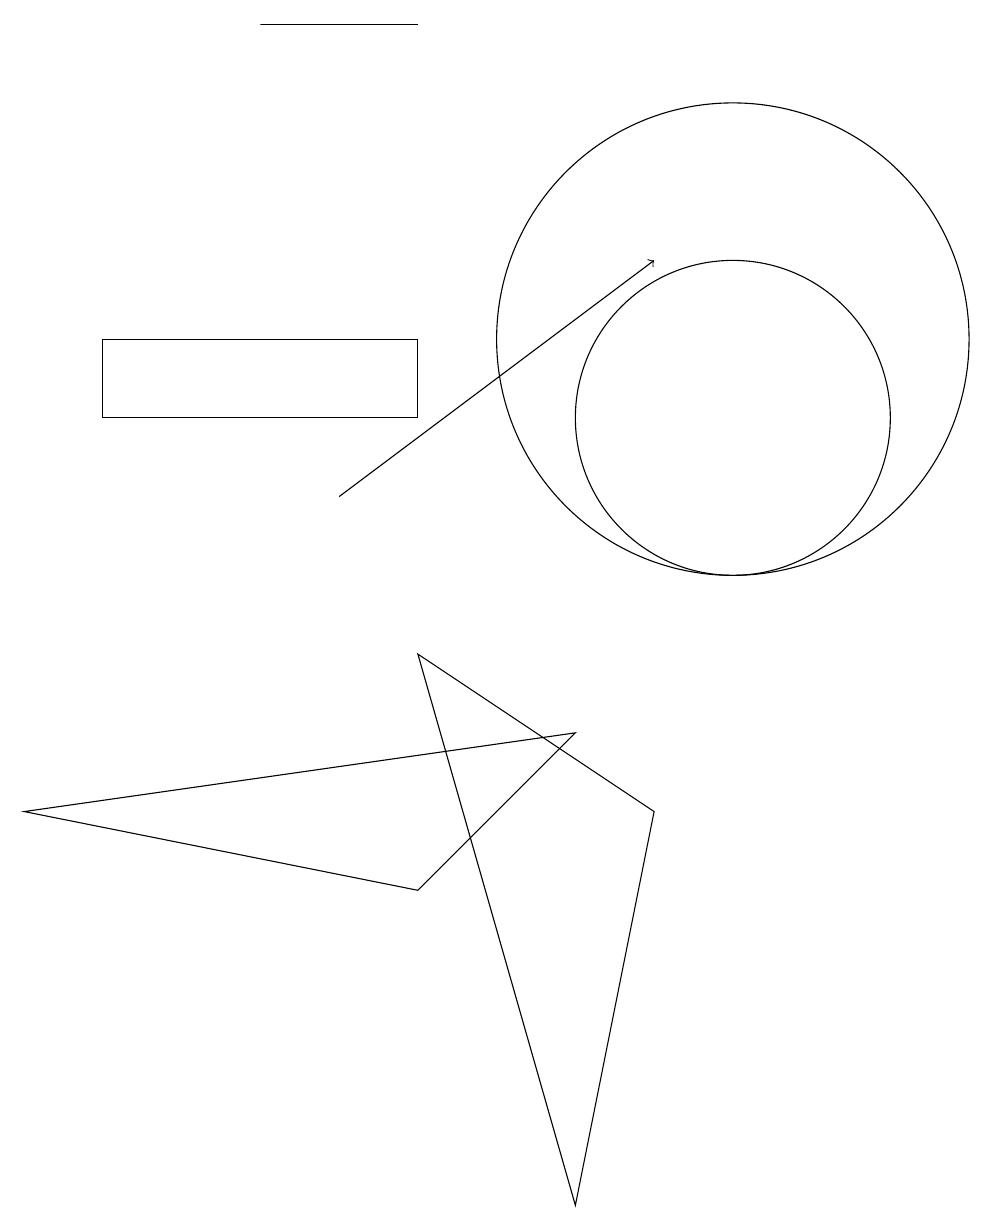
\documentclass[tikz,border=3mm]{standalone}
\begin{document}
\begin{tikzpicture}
\draw (10,12) circle (3);
\draw (6,12) rectangle (2,11);
\draw (10,11) circle (2);
\draw[->] (5,10) -- (9,13);
\draw (8,7) -- (1,6) -- (6,5) -- cycle;
\draw (8,1) -- (6,8) -- (9,6) -- cycle;
\draw (6,16) rectangle (4,16);
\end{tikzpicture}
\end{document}